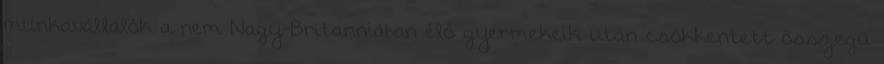
munkavállalók a nem Nagy-Britanniában élő gyermekeik után csökkentett összegű